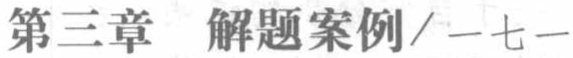
第三章  解题案例/一七一